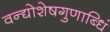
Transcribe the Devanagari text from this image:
वन्द्योशेषगुणाब्धिं